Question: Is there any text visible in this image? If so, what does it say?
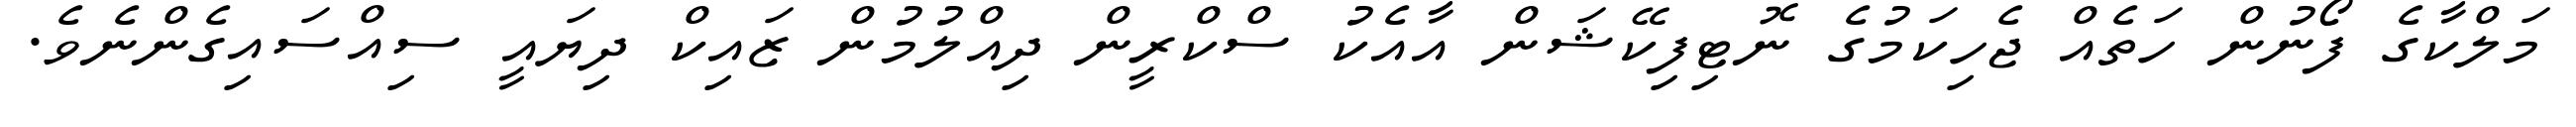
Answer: މަލްކާގެ ފޯނުން ހަތެއް ޖެހިކަމުގެ ނޮޓިފިކޭޝަން އާއެކު ސްކްރީން ދިއްލުމުން ޒައިކް ދިޔައީ ސިއްސައިގެންނެވެ.